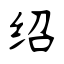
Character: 绍